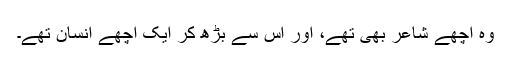
وہ اچھے شاعر بھی تھے، اور اس سے بڑھ کر ایک اچھے انسان تھے۔